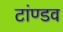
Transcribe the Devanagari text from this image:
टांण्डव